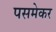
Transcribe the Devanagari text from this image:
पसमेकर